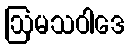
ဩမသဝါဒေ